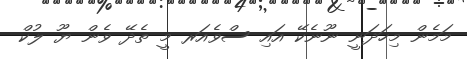
މަމެން މިހަދަނީ ނޫނެކޭ އައި ސްވެއަރ މީ ތެދޭ ވެން ޔޫ ލުކް